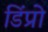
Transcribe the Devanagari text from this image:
डिंप्रो